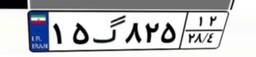
۲۴گ۰۶۵۷۸